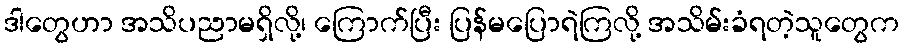
ဒါတွေဟာ အသိပညာမရှိလို့၊ ကြောက်ပြီး ပြန်မပြောရဲကြလို့ အသိမ်းခံရတဲ့သူတွေက